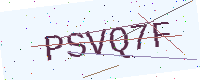
Text: PSVQ7F